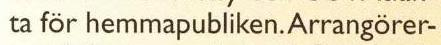
ta för hemmapubliken. Arrangörer-